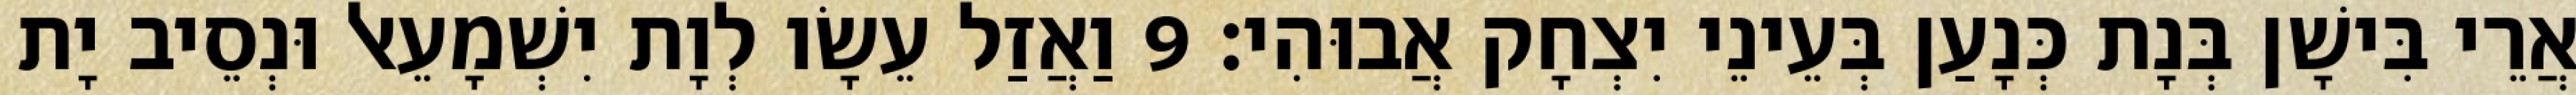
אֲרֵי בִּישָׁן בְּנָת כְּנָעַן בְּעֵינֵי יִצְחָק אֲבוּהִי׃ 9 וַאֲזַל עֵשָׂו לְוָת יִשְׁמָעֵאל וּנְסֵיב יָת